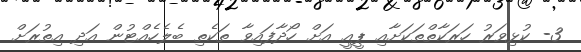
3- ކުޅިވަރު ހަރަކާތްތަކަށާއި ޕީއީ އަށް ހޯދާފައިވާ ތަކެތި ބެލެހެއްޓުން އަދި އިތުރަށް